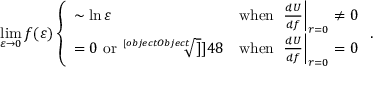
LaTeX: \operatorname * { l i m } _ { \varepsilon \rightarrow 0 } f ( \varepsilon ) \left\{ \begin{array} { l l } { { \sim \ln \varepsilon } } & { { \mathrm { w h e n ~ } \left. \frac { d U } { d f } \right| _ { r = 0 } \ne 0 } } \\ { { = 0 ~ \mathrm { o r } ~ \sqrt [ [object Object] ] ] { 4 8 } } } & { { \mathrm { w h e n ~ } \left. \frac { d U } { d f } \right| _ { r = 0 } = 0 } } \end{array} \right. .